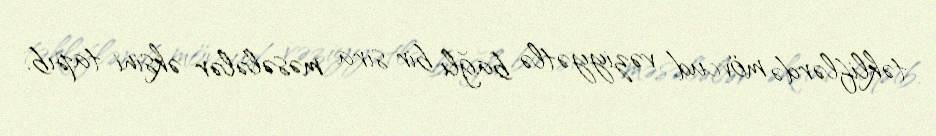
təkliflərdə mövcud vəziyyətlə bağlı bir sıra məsələlər əksini tapıb.